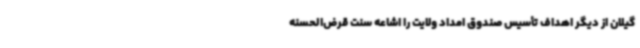
گیلان از دیگر اهداف تأسیس صندوق امداد ولایت را اشاعه سنت قرض‌الحسنه